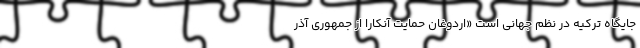
جایگاه ترکیه در نظم جهانی است «اردوغان حمایت آنکارا از جمهوری آذر